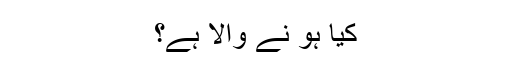
کیا ہو نے والا ہے؟